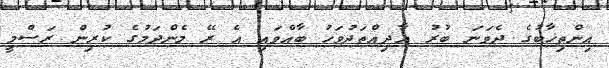
އިންތިޚާބުގެ ދެވަނަ ބުރު އާދިއްތަދުވަހު ބާއްވައި އެ ރޭ މެންދަމުގެ ކުރިން ރަސްމީ